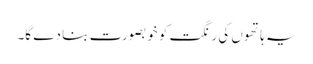
یہ ہاتھوں کی رنگت کو خوبصورت بنا دے گا۔